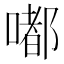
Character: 嘟